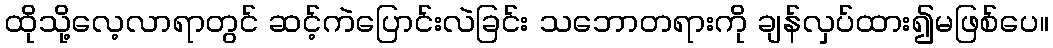
ထိုသို့လေ့လာရာတွင် ဆင့်ကဲပြောင်းလဲခြင်း သဘောတရားကို ချန်လှပ်ထား၍မဖြစ်ပေ။